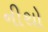
નીથો